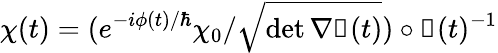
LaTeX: \chi(t)=(e^{-i\phi(t)/\hbar}\chi_{0}/\sqrt{\operatorname*{det}\nabla\boldsymbol\upeta(t)})\circ\boldsymbol\upeta(t)^{-1}